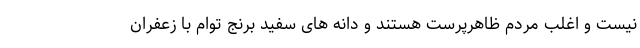
نیست و اغلب مردم ظاهرپرست هستند و دانه های سفید برنج توام با زعفران